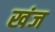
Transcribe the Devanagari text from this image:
खंज